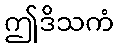
ဤဒိသကံ